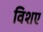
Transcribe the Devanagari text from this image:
विशए